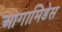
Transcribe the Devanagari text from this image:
आगामिडेस